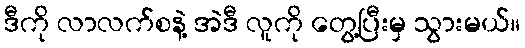
ဒီကို လာလက်စနဲ့ အဲဒီ လူကို တွေ့ပြီးမှ သွားမယ်။